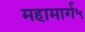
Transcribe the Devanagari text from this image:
महामार्ग५